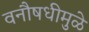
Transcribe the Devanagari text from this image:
वनौषधीमुळे